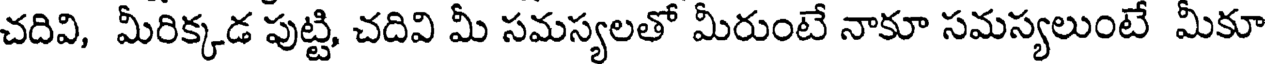
చదివి, మీరిక్కడ పుట్టి, చదివి మీ సమస్యలతో మీరుంటే నాకూ సమస్యలుంటే మీకూ